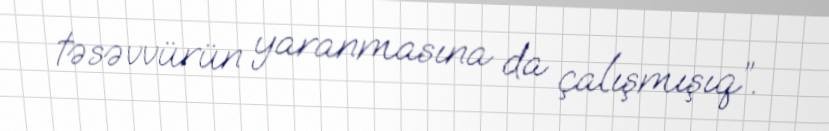
təsəvvürün yaranmasına da çalışmışıq”.